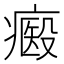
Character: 㿄